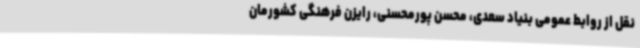
نقل از روابط عمومی بنیاد سعدی، محسن پورمحسنی، رایزن فرهنگی کشورمان